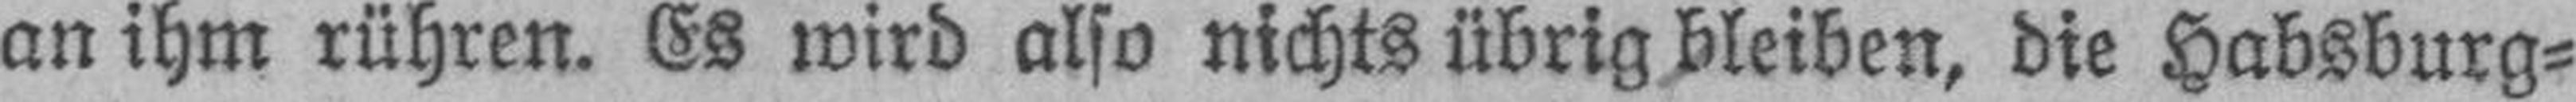
an ihm rühren. Es wird also nichts übrig bleiben, die Habsburg¬